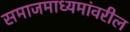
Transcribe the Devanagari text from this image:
समाजमाध्यमांवरील